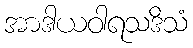
အာဒါယဝါရသဒိသံ